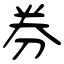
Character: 券